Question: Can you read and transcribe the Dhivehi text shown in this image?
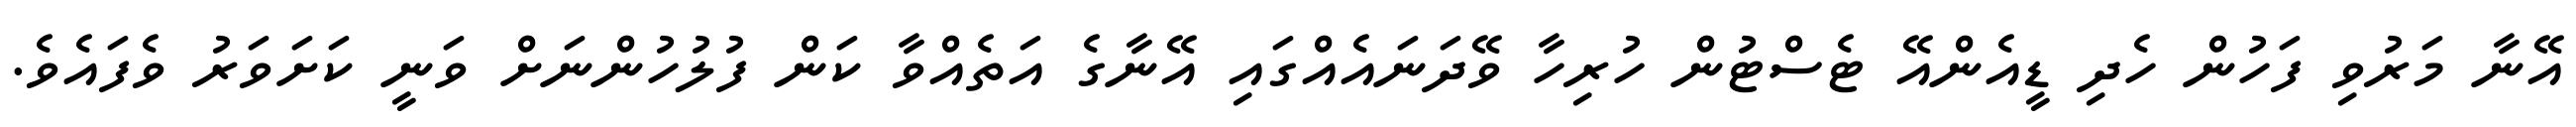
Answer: އޭނާ މަރުވި ފަހުން ހެދި ޑީއެންއޭ ޓެސްޓުން ހުރިހާ ވޭދަނައެއްގައި އޭނާގެ އަތެއްވާ ކަން ފުލުހުންނަށް ވަނީ ކަށަވަރު ވެފައެވެ.